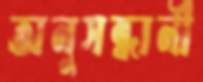
অনুসন্ধানী